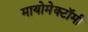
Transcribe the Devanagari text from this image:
मायोमेक्टॉमी